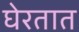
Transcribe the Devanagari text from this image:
घेरतात